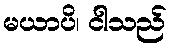
မယာပိ၊ ငါသည်